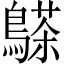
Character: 𪄦